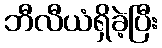
ဘီလီယံရှိခဲ့ပြီး